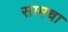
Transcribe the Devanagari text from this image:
सामचा